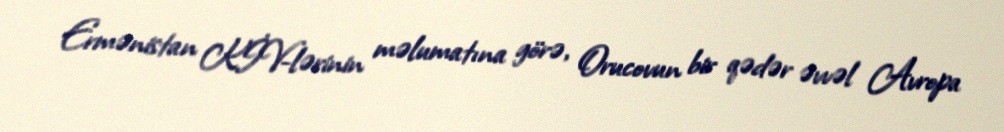
Ermənistan KİV-lərinin məlumatına görə, Orucovun bir qədər əvvəl Avropa